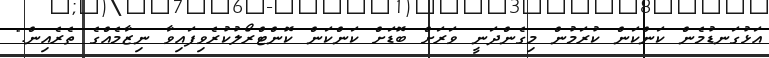
އަޅުގަނޑުމެން ކަންކަން ކުރަމުން މިގެންދަނީ ވަރަށް ބޮޑަށް ކަންކަން ކޮންޓްރޯލުކުރެވިފައިވާ ނިޒާމެއްގެ ތެރެއިން."